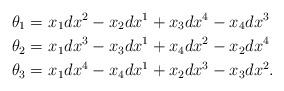
LaTeX: \begin{align*}\theta_1 =&\ x_1 dx^2 - x_2 dx^1 + x_3 dx^4 - x_4 dx^3\\\theta_2 =&\ x_1 dx^3 - x_3 dx^1 + x_4 dx^2 - x_2 dx^4\\\theta_3 =&\ x_1 dx^4 - x_4 dx^1 + x_2 dx^3 - x_3 dx^2.\end{align*}